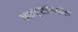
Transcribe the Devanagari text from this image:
अक्षवृत्तांमधील